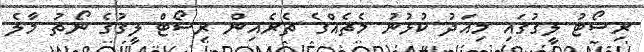
ރިސޯޓު ލީގުގައި މިއަދު ކުޅުނު މެޗެއްގެ ތެރެއިން ރިސޯޓް ލީގުގެ ނޯތު މާލެ